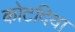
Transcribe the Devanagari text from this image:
कोटदिया